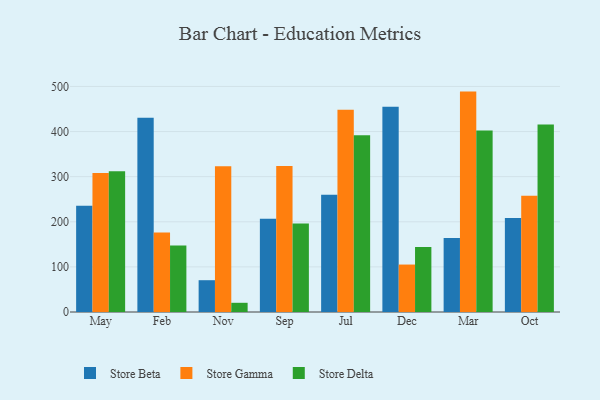
{"axis": {"x": "Month", "y": "Inventory Turnover"}, "legend": ["Store Beta", "Store Delta", "Store Gamma"], "data": [{"x": "May", "y": 235.5, "type": "Store Beta"}, {"x": "May", "y": 307.9, "type": "Store Gamma"}, {"x": "May", "y": 312.1, "type": "Store Delta"}, {"x": "Feb", "y": 430.4, "type": "Store Beta"}, {"x": "Feb", "y": 176.1, "type": "Store Gamma"}, {"x": "Feb", "y": 147.2, "type": "Store Delta"}, {"x": "Nov", "y": 70.5, "type": "Store Beta"}, {"x": "Nov", "y": 323.0, "type": "Store Gamma"}, {"x": "Nov", "y": 20.4, "type": "Store Delta"}, {"x": "Sep", "y": 207.0, "type": "Store Beta"}, {"x": "Sep", "y": 323.9, "type": "Store Gamma"}, {"x": "Sep", "y": 196.1, "type": "Store Delta"}, {"x": "Jul", "y": 260.2, "type": "Store Beta"}, {"x": "Jul", "y": 448.1, "type": "Store Gamma"}, {"x": "Jul", "y": 391.9, "type": "Store Delta"}, {"x": "Dec", "y": 454.8, "type": "Store Beta"}, {"x": "Dec", "y": 105.2, "type": "Store Gamma"}, {"x": "Dec", "y": 144.1, "type": "Store Delta"}, {"x": "Mar", "y": 164.1, "type": "Store Beta"}, {"x": "Mar", "y": 488.6, "type": "Store Gamma"}, {"x": "Mar", "y": 402.6, "type": "Store Delta"}, {"x": "Oct", "y": 208.3, "type": "Store Beta"}, {"x": "Oct", "y": 257.7, "type": "Store Gamma"}, {"x": "Oct", "y": 415.6, "type": "Store Delta"}]}